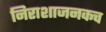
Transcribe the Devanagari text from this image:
निराशाजनकच